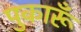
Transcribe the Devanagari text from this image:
पुकारूँ